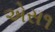
એસ૧